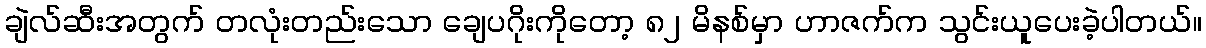
ချဲလ်ဆီးအတွက် တလုံးတည်းသော ချေပဂိုးကိုတော့ ၈၂ မိနစ်မှာ ဟာဇက်က သွင်းယူပေးခဲ့ပါတယ်။